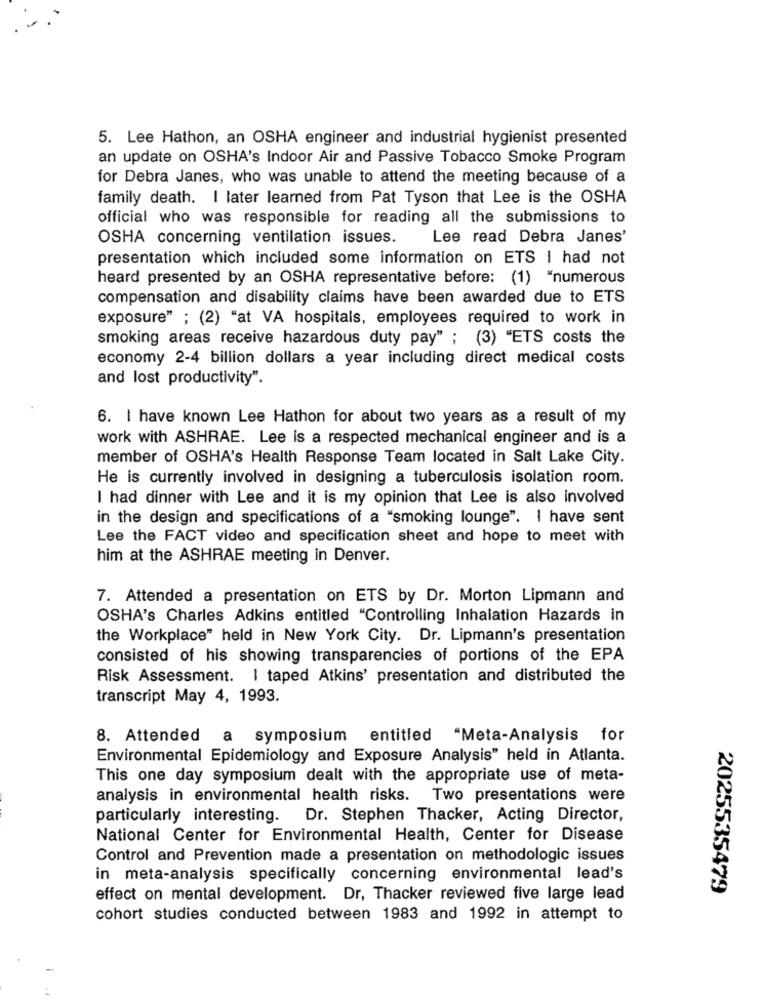
5. Lee Hathon, an OSHA engineer and industrial hygienist presented
an update on OSHA's Indoor Air and Passive Tobacco Smoke Program
for Debra Janes, who was unable to attend the meeting because of a
family death. I later learned from Pat Tyson that Lee is the OSHA
official who was responsible for reading all the submissions to
OSHA concerning ventilation issues.
Lee read Debra Janes'
presentation which included some information on ETS I had not
heard presented by an OSHA representative before: (1) "numerous
compensation and disability claims have been awarded due to ETS
exposure" ; (2) "at VA hospitals, employees required to work in
smoking areas receive hazardous duty pay" ; (3) "ETS costs the
economy 2-4 billion dollars a year including direct medical costs
and lost productivity".
6. I have known Lee Hathon for about two years as a result of my
work with ASHRAE. Lee is a respected mechanical engineer and is a
member of OSHA's Health Response Team located in Salt Lake City.
He is currently involved in designing a tuberculosis isolation room.
I had dinner with Lee and it is my opinion that Lee is also involved
in the design and specifications of a "smoking lounge". I have sent
Lee the FACT video and specification sheet and hope to meet with
him at the ASHRAE meeting in Denver.
7. Attended a presentation on ETS by Dr. Morton Lipmann and
OSHA's Charles Adkins entitled "Controlling Inhalation Hazards in
the Workplace" held in New York City. Dr. Lipmann's presentation
consisted of his showing transparencies of portions of the EPA
Risk Assessment. I taped Atkins' presentation and distributed the
transcript May 4, 1993.
8. Attended a symposium entitled "Meta-Analysis for
Environmental Epidemiology and Exposure Analysis" held in Atlanta.
This one day symposium dealt with the appropriate use of meta-
analysis in environmental health risks. Two presentations were
particularly interesting. Dr. Stephen Thacker, Acting Director,
National Center for Environmental Health, Center for Disease
Control and Prevention made a presentation on methodologic issues
in meta-analysis specifically concerning environmental lead's
2025535479
effect on mental development. Dr, Thacker reviewed five large lead
cohort studies conducted between 1983 and 1992 in attempt to